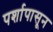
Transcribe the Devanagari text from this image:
पर्शापासून